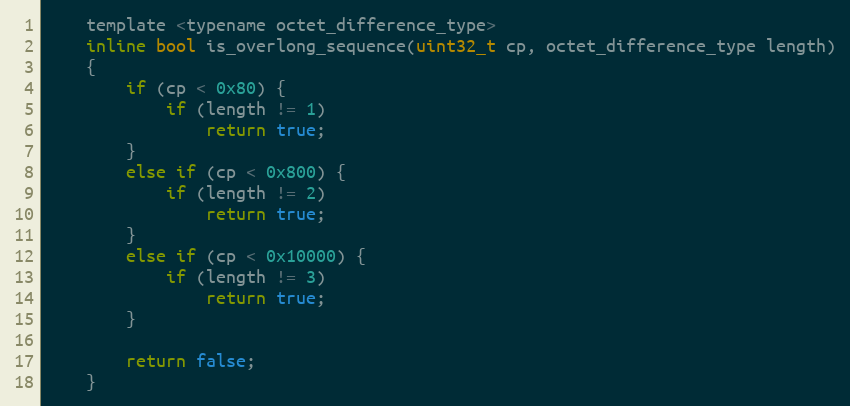
Language: C
    template <typename octet_difference_type>
    inline bool is_overlong_sequence(uint32_t cp, octet_difference_type length)
    {
        if (cp < 0x80) {
            if (length != 1)
                return true;
        }
        else if (cp < 0x800) {
            if (length != 2)
                return true;
        }
        else if (cp < 0x10000) {
            if (length != 3)
                return true;
        }

        return false;
    }